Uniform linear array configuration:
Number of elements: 4
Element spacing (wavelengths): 0.75
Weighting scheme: binomial
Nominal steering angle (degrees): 15
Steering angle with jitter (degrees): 14.17
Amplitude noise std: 0.05
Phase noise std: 0.05

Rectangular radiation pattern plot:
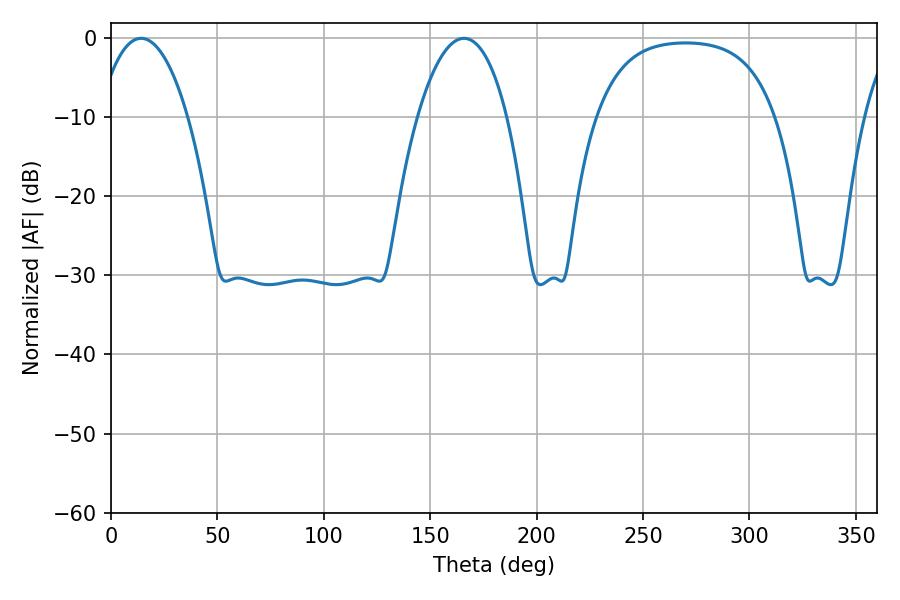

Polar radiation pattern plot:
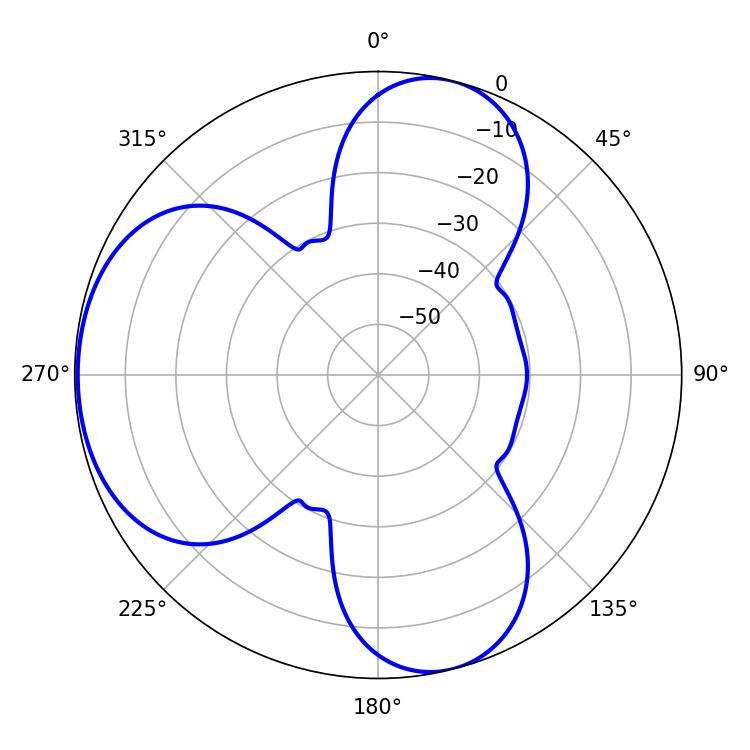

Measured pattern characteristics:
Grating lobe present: TRUE
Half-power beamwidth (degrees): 23.58
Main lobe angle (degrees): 14.22